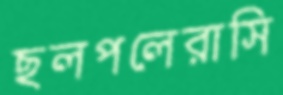
ছলপলেরাসি